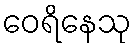
ဝေရိနေသု